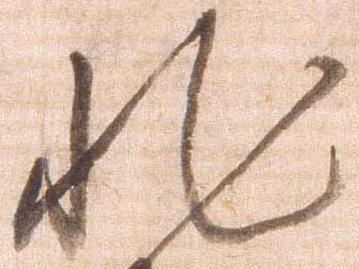
非